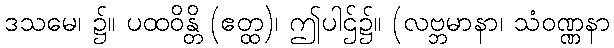
ဒသမေ၊ ၌။ ပထဝိန္တိ (ဧတ္ထ)၊ ဤပါဌ်၌။ (လဗ္ဘမာနာ၊ သံဝဏ္ဏနာ